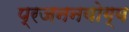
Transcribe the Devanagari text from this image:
प्रजननयोग्य